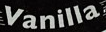
Vanilla